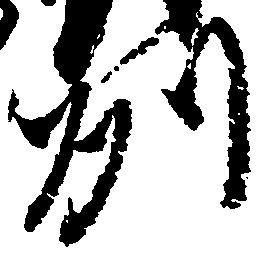
州